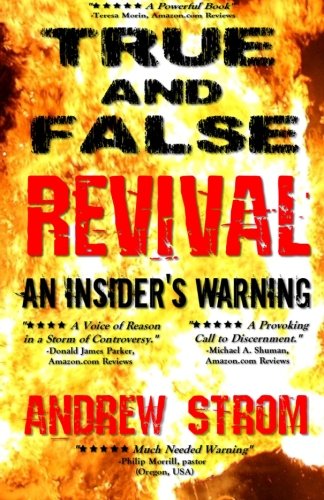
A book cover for TRUE & FALSE REVIVAL.. An Insider's Warning..: Gold Dust & Laughing Revivals. How do we tell False Fire from the True?; Andrew Strom; Christian Books & Bibles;